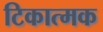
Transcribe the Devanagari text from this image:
टिकात्मक